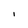
Character: I